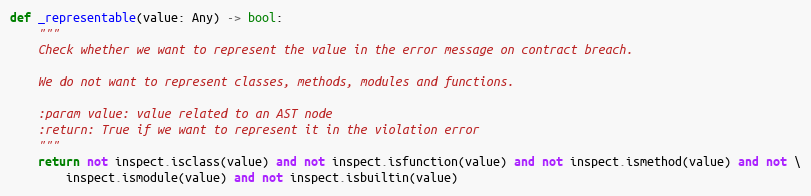
Language: Python
def _representable(value: Any) -> bool:
    """
    Check whether we want to represent the value in the error message on contract breach.

    We do not want to represent classes, methods, modules and functions.

    :param value: value related to an AST node
    :return: True if we want to represent it in the violation error
    """
    return not inspect.isclass(value) and not inspect.isfunction(value) and not inspect.ismethod(value) and not \
        inspect.ismodule(value) and not inspect.isbuiltin(value)